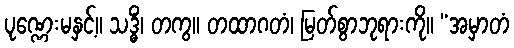
ပုဏ္ဏေးမနှင့်။ သဒ္ဓိံ၊ တကွ။ တထာဂတံ၊ မြတ်စွာဘုရားကို။ “အမှာတံ